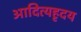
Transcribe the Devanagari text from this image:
आदित्यहृदय